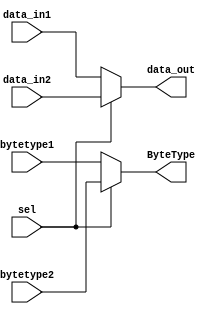
module Gen_mux(
    input [511:0]data_in1,
    input [511:0]data_in2,
    input [383:0]bytetype1,
    input [383:0]bytetype2,
    input sel,
    output [511:0]data_out,
    output [383:0] ByteType
);
   assign data_out = sel? data_in2:data_in1;
   assign ByteType = sel? bytetype2:bytetype1;
endmodule